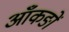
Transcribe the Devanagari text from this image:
आँकङों